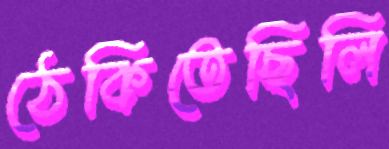
ঠেকিতেছিলি